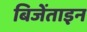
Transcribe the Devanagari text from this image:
बिजेंताइन